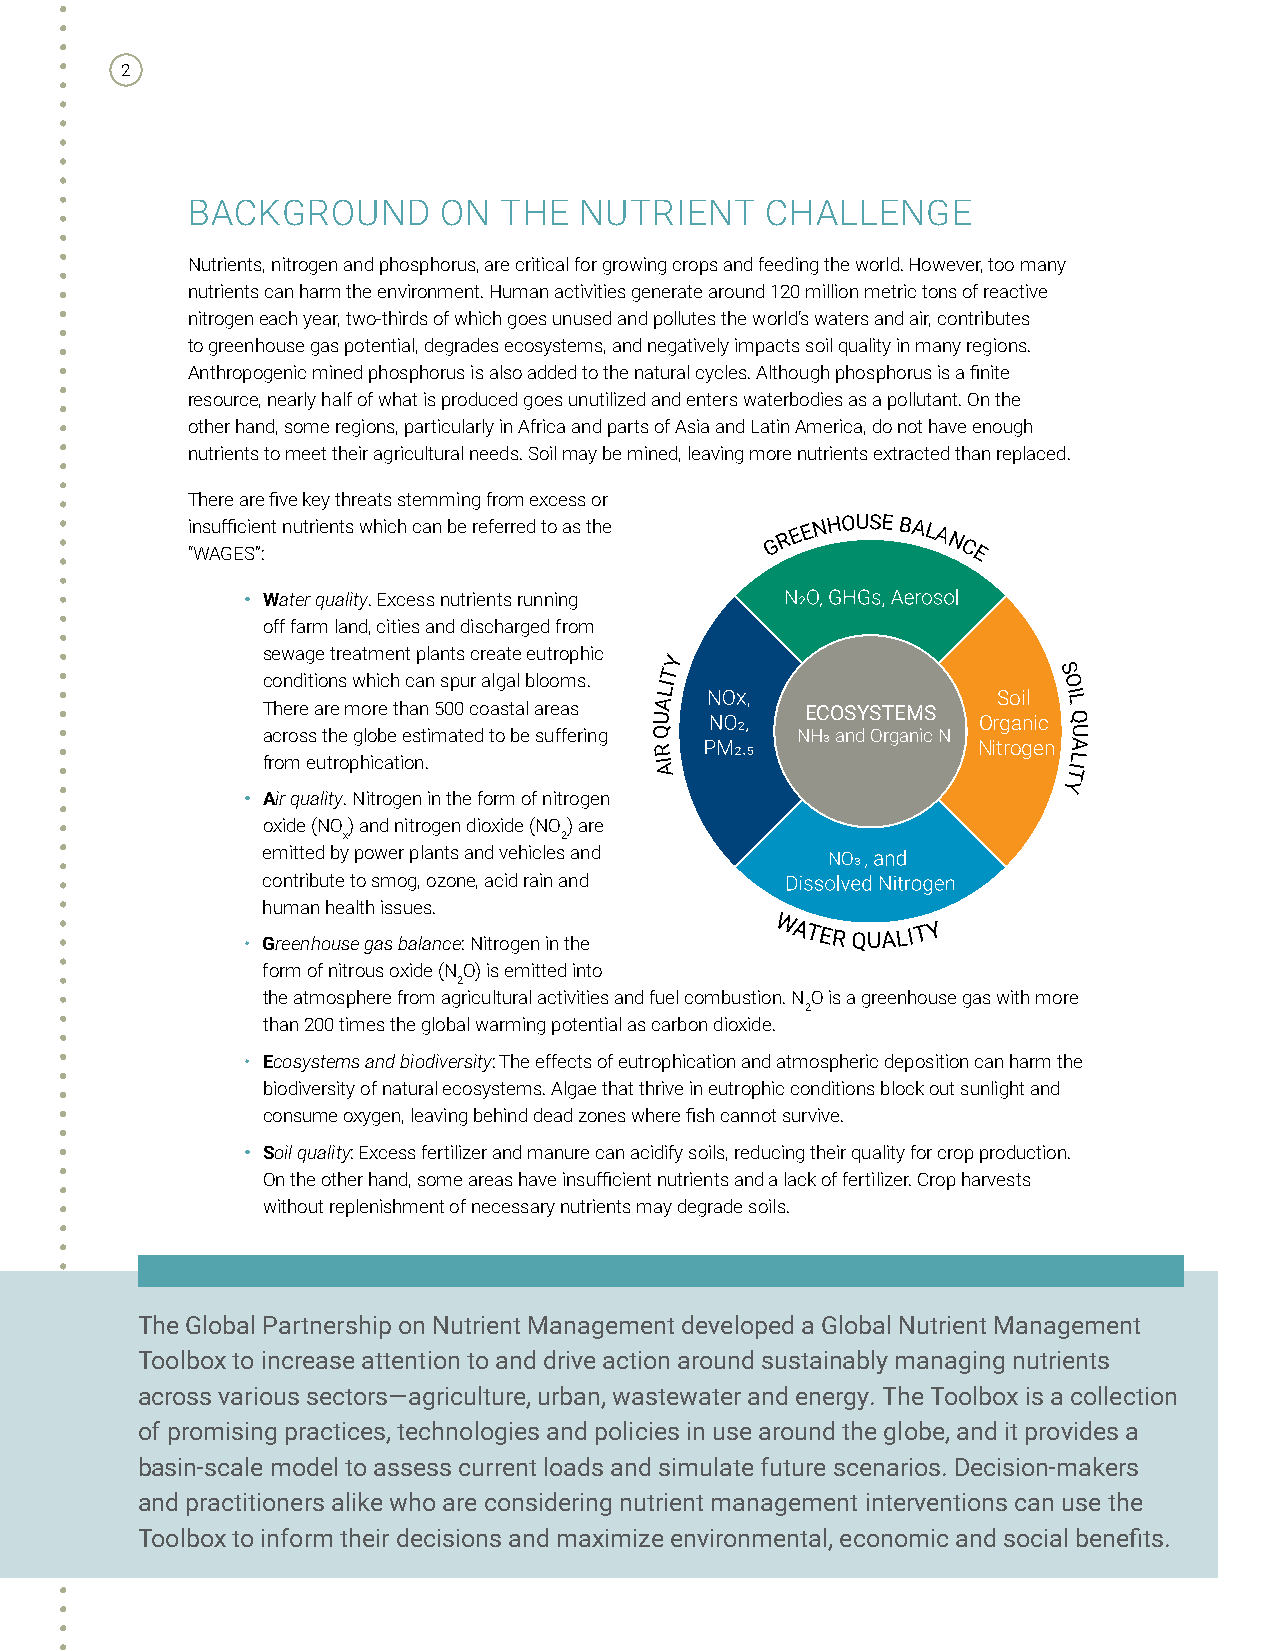
2
 BACKGROUND       ON  THE  NUTRIENT     CHALLENGE
 Nutrients, nitrogen and phosphorus, are critical for growing crops and feeding the world. However, too many
 nutrients can harm the environment. Human activities generate around 120 million metric tons of reactive
 nitrogen each year, two-thirds of which goes unused and pollutes the world’s waters and air, contributes
 to greenhouse gas potential, degrades ecosystems, and negatively impacts soil quality in many regions.
 Anthropogenic mined phosphorus is also added to the natural cycles. Although phosphorus is a finite
 resource, nearly half of what is produced goes unutilized and enters waterbodies as a pollutant. On the
 other hand, some regions, particularly in Africa and parts of Asia and Latin America, do not have enough
 nutrients to meet their agricultural needs. Soil may be mined, leaving more nutrients extracted than replaced.
 There are five key threats stemming from excess or
 insufficient nutrients which can be referred to as the
 G R E
 ENHOUSE BALA
 N
 “WAGES”:                                           C E
 • Water quality. Excess nutrients running
 off farm land, cities and discharged from
 sewage treatment plants create eutrophic
 Y
 T                         S
 c To hn ed reit i ao rn es
 m
 w oh ri ec h
 th
 c aa nn
 5
 s 0p 0u cr oa alg sa tal b
 l
 alo ro eam ss . UALI
 ECOSYSTEMS
 OrS go ai nl
 ic
 O
 IL
 Q
 across the globe estimated to be suffering Q NH3 and Organic N U
 from eutrophication.
 R
 I
 A
 Nitrogen TILA
 Y
 • Air quality. Nitrogen in the form of nitrogen
 oxide (NO) and nitrogen dioxide (NO) are
 x             2
 emitted by power plants and vehicles and NO3
 contribute to smog, ozone, acid rain and
 human health issues.
 • Greenhouse gas balance: Nitrogen in the
 WATER QUALIT Y
 form of nitrous oxide (NO) is emitted into
 2
 the atmosphere from agricultural activities and fuel combustion. NO is a greenhouse gas with more
 2
 than 200 times the global warming potential as carbon dioxide.
 • Ecosystems and biodiversity: The effects of eutrophication and atmospheric deposition can harm the
 biodiversity of natural ecosystems. Algae that thrive in eutrophic conditions block out sunlight and
 consume oxygen, leaving behind dead zones where fish cannot survive.
 • Soil quality: Excess fertilizer and manure can acidify soils, reducing their quality for crop production.
 On the other hand, some areas have insufficient nutrients and a lack of fertilizer. Crop harvests
 without replenishment of necessary nutrients may degrade soils.
 The Global Partnership on Nutrient Management developed a Global Nutrient Management
 Toolbox to increase attention to and drive action around sustainably managing nutrients
 across various sectors—agriculture, urban, wastewater and energy. The Toolbox is a collection
 of promising practices, technologies and policies in use around the globe, and it provides a
 basin-scale model to assess current loads and simulate future scenarios. Decision-makers
 and practitioners alike who are considering nutrient management interventions can use the
 Toolbox to inform their decisions and maximize environmental, economic and social benefits.